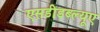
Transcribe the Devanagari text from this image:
एसडीडब्ल्यूए